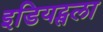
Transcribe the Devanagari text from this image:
इडियट्सला